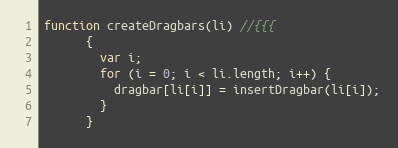
Language: JavaScript
function createDragbars(li) //{{{
      {
        var i;
        for (i = 0; i < li.length; i++) {
          dragbar[li[i]] = insertDragbar(li[i]);
        }
      }